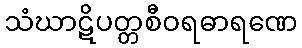
သံဃာဋိပတ္တစီဝရဓာရဏေ